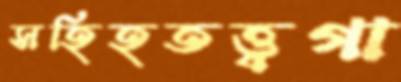
সহিহতত্ত্বগা